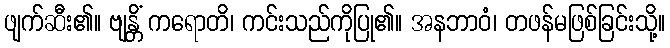
ဖျက်ဆီး၏။ ဗျန္တိံ ကရောတိ၊ ကင်းသည်ကိုပြု၏။ အနဘာဝံ၊ တဖန်မဖြစ်ခြင်းသို့။